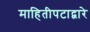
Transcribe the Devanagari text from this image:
माहितीपटाद्वारे